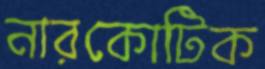
নারকোটিক